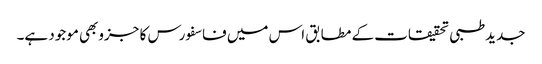
جدیدطبی تحقیقات کے مطابق اس میں فاسفورس کا جزوبھی موجود ہے۔